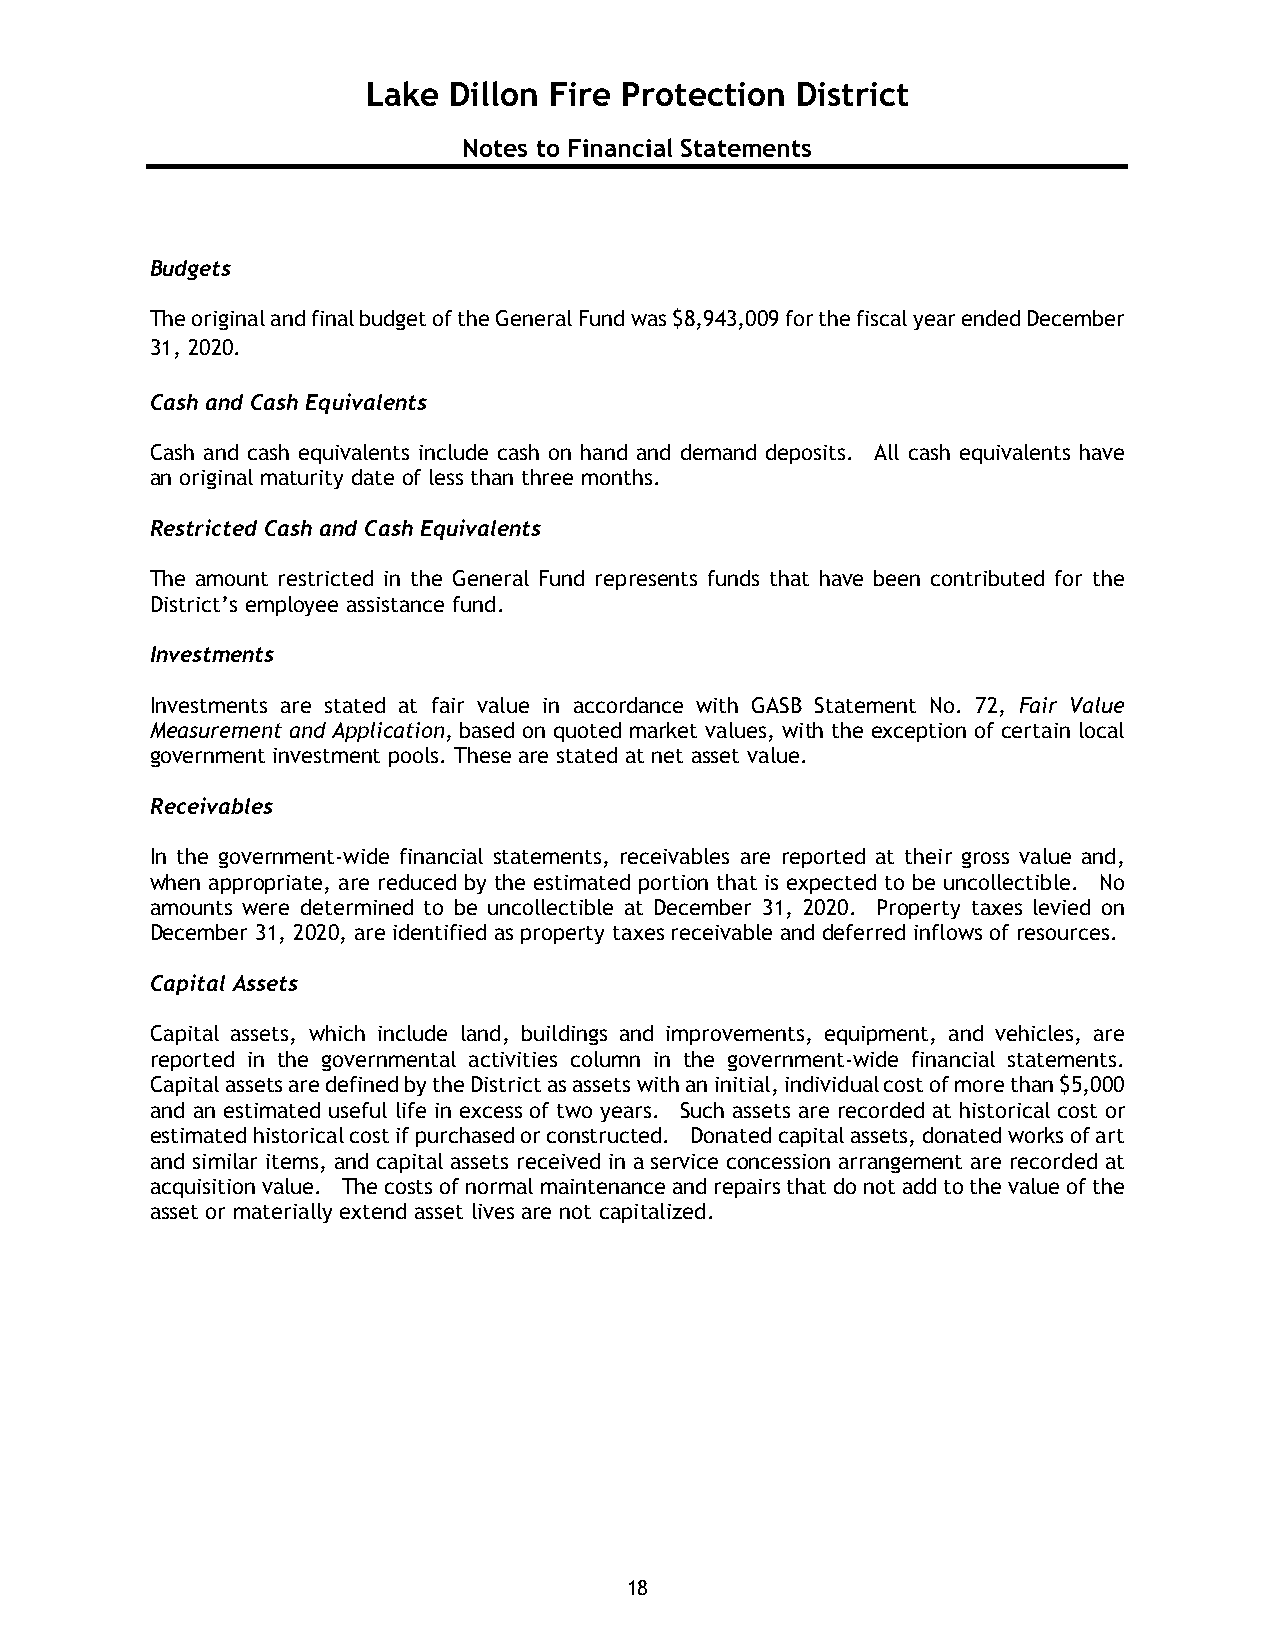
Lake  Dillon Fire Protection District
 Notes to Financial Statements
 Budgets
 The original and final budget of the General Fund was $8,943,009 for the fiscal year ended December
 31, 2020.
 Cash and Cash Equivalents
 Cash and cash equivalents include cash on hand and demand deposits. All cash equivalents have
 an original maturity date of less than three months.
 Restricted Cash and Cash Equivalents
 The amount restricted in the General Fund represents funds that have been contributed for the
 District’s employee assistance fund.
 Investments
 Investments are stated at fair value in accordance with GASB Statement No. 72, Fair Value
 Measurement and Application, based on quoted market values, with the exception of certain local
 government investment pools. These are stated at net asset value.
 Receivables
 In the government-wide financial statements, receivables are reported at their gross value and,
 when appropriate, are reduced by the estimated portion that is expected to be uncollectible. No
 amounts were determined to be uncollectible at December 31, 2020. Property taxes levied on
 December 31, 2020, are identified as property taxes receivable and deferred inflows of resources.
 Capital Assets
 Capital assets, which include land, buildings and improvements, equipment, and vehicles, are
 reported in the governmental activities column in the government-wide financial statements.
 Capital assets are defined by the District as assets with an initial, individual cost of more than $5,000
 and an estimated useful life in excess of two years. Such assets are recorded at historical cost or
 estimated historical cost if purchased or constructed. Donated capital assets, donated works of art
 and similar items, and capital assets received in a service concession arrangement are recorded at
 acquisition value. The costs of normal maintenance and repairs that do not add to the value of the
 asset or materially extend asset lives are not capitalized.
 18